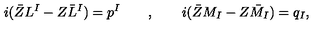
i ( \bar { Z } L ^ { I } - Z \bar { L } ^ { I } ) = p ^ { I } \qquad , \qquad i ( \bar { Z } M _ { I } - Z \bar { M } _ { I } ) = q _ { I } ,